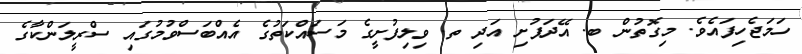
ހަމަޖެހިފައެވެ. މިގޮތުން ބ. އޭދަފުށި އަދި ތ. ވިލިފުށީގެ މަސައްކަތުގެ އެއްބަސްވުމުގައި ސްރީލަންކާގެ